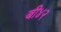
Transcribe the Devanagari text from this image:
बी४२